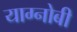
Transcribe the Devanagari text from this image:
याग्नोबी